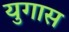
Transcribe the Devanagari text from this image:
युगास